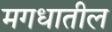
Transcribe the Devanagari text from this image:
मगधातील